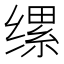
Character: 缧